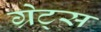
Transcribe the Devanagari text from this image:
ग्रेट्स